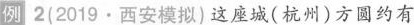
例2(2019·西安模拟)这座城(杭州)方圆约有